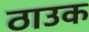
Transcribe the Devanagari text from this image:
ठाउक